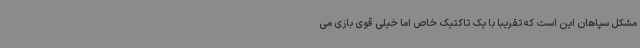
مشکل سپاهان این است که تقریبا با یک تاکتیک خاص اما خیلی قوی بازی می